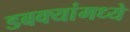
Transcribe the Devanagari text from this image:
डबक्यांमध्ये